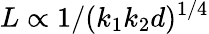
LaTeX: L\propto 1/(k_{1}k_{2}d)^{1/4}